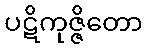
ပဋိကုဇ္ဇိတော